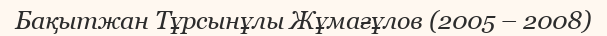
Бақытжан Тұрсынұлы Жұмағұлов (2005 – 2008)